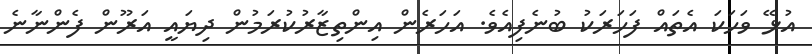
އުޅޭ ވަހަކަ އެތައް ފަހަރަކު ބުނެފިއެވެ. އަހަރެން އިންތިޒާރުކުރަމުން ދިޔައީ އަރޫން ފެންނާނެ